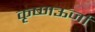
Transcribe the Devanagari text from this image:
कृष्णऊर्जा